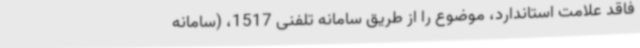
فاقد علامت استاندارد، موضوع را از طریق سامانه تلفنی 1517، (سامانه